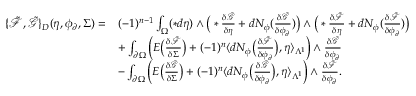
\begin{array} { r l } { \{ \tilde { \mathcal { F } } , \tilde { \mathcal { G } } \} _ { D } ( \eta , \phi _ { \partial } , \Sigma ) = } & { ( - 1 ) ^ { n - 1 } \int _ { \Omega } ( \ast d \eta ) \wedge \big ( \ast \frac { \delta \tilde { \mathcal { G } } } { \delta \eta } + d N _ { \phi } ( \frac { \delta \tilde { \mathcal { G } } } { \delta \phi _ { \partial } } ) \big ) \wedge \big ( \ast \frac { \delta \tilde { \mathcal { F } } } { \delta \eta } + d N _ { \phi } ( \frac { \delta \tilde { \mathcal { F } } } { \delta \phi _ { \partial } } ) \big ) } \\ & { + \int _ { \partial \Omega } \Big ( E \big ( \frac { \delta \tilde { \mathcal { F } } } { \delta \Sigma } \big ) + ( - 1 ) ^ { n } \langle d N _ { \phi } \big ( \frac { \delta \tilde { \mathcal { F } } } { \delta \phi _ { \partial } } \big ) , \eta \rangle _ { \Lambda ^ { 1 } } \Big ) \wedge \frac { \delta \tilde { \mathcal { G } } } { \delta \phi _ { \partial } } } \\ & { - \int _ { \partial \Omega } \Big ( E \big ( \frac { \delta \tilde { \mathcal { G } } } { \delta \Sigma } \big ) + ( - 1 ) ^ { n } \langle d N _ { \phi } \big ( \frac { \delta \tilde { \mathcal { G } } } { \delta \phi _ { \partial } } \big ) , \eta \rangle _ { \Lambda ^ { 1 } } \Big ) \wedge \frac { \delta \tilde { \mathcal { F } } } { \delta \phi _ { \partial } } . } \end{array}